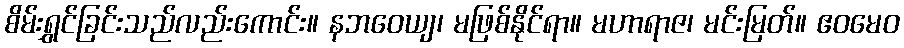
စိမ်းရွှင်ခြင်းသည်လည်းကောင်း။ နဘဝေယျ၊ မဖြစ်နိုင်ရာ။ မဟာရာဇ၊ မင်းမြတ်။ ဧဝမေဝ